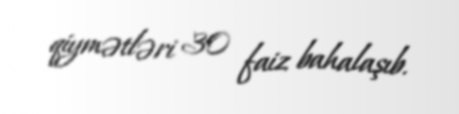
qiymətləri 30 faiz bahalaşıb.